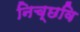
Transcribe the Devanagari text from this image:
निच्छवि